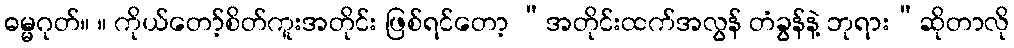
ဓမ္မဂုတ်။ ။ ကိုယ်တော့်စိတ်ကူးအတိုင်း ဖြစ်ရင်တော့ “အတိုင်းထက်အလွန် တံခွန်နဲ့ ဘုရား”ဆိုတာလို